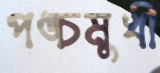
পঙ্চমুখী